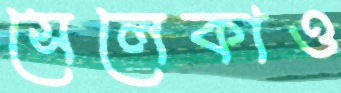
সেলেকাও